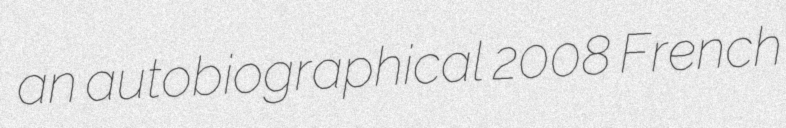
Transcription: an autobiographical 2008 French